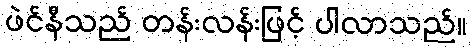
ဖဲင်နီသည် တန်းလန်းဖြင့် ပါလာသည်။